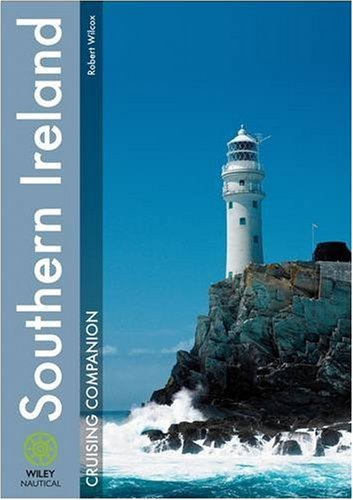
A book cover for Southern Ireland Cruising Companion (Wiley Nautical); Robert Wilcox; Travel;